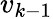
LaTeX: v_{k-1}